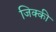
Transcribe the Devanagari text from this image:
जिक्की